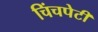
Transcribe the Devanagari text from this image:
चिंचपेटी